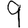
Digit: 9